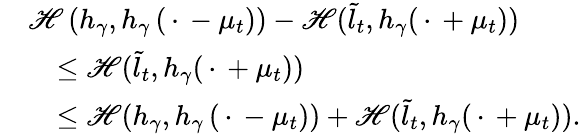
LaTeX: \begin{array}{rl}&{{\mathscr{H}}\left(h_{\gamma},h_{\gamma}\left(\, \cdot\, -\mu_{t}\right)\right)-{\mathscr{H}}(\tilde{l}_{t},h_{\gamma}(\, \cdot\, +\mu_{t}))}\\ &{\quad\leq{\mathscr{H}}(\tilde{l}_{t},h_{\gamma}(\, \cdot\, +\mu_{t}))}\\ &{\quad\leq{\mathscr{H}}(h_{\gamma},h_{\gamma}\left(\, \cdot\, -\mu_{t}\right))+{\mathscr{H}}(\tilde{l}_{t},h_{\gamma}(\, \cdot\, +\mu_{t})).}\end{array}